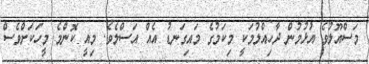
މަސްއޫލުވެ އުޅުމުން ދާހިއްލުމަކީ މިކަމުގެ މައިގަނޑު އެއް އަސްލެވެ. މިއީ ކޮންމެ މީހަކަށްވެސް